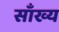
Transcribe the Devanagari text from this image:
साँख्य